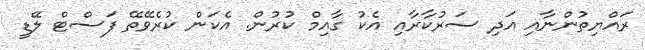
ރައްޔިތުންނާއި އަދި ސަރުކާރާއި އެކު ގާއިމް ކުރުން. އެކަން ކުރެވޭތޭ ފަސްޓް ލޭޑީ